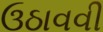
ઉઠાવવી